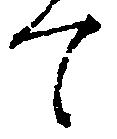
て